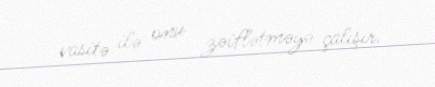
vasitə ilə onu zəiflətməyə çalışır.